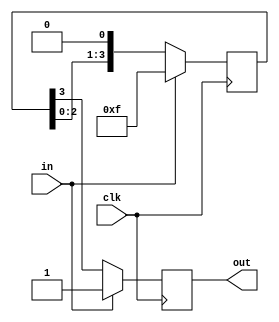
//
// LED Suit FPGA Implementation - Multi-output addressable LED driver HDL
// implementation for Kevin's LED suit controller.
// Copyright (C) 2019-2020 Kevin Balke
//
// This file is part of LED Suit FPGA Implementation.
//
// LED Suit FPGA Implementation is free software: you can redistribute it and/or
// modify
// it under the terms of the GNU General Public License as published by
// the Free Software Foundation, either version 3 of the License, or
// (at your option) any later version.
//
// LED Suit FPGA Implementation is distributed in the hope that it will be useful,
// but WITHOUT ANY WARRANTY; without even the implied warranty of
// MERCHANTABILITY or FITNESS FOR A PARTICULAR PURPOSE.  See the
// GNU General Public License for more details.
//
// You should have received a copy of the GNU General Public License
// along with LED Suit FPGA Implementation.  If not, see
// <http://www.gnu.org/licenses/>.
//

module reset_conditioner (
    input clk,  // clock
    input in,   // async reset
    output reg out  // snyc reset
  );

  parameter STAGES = 4;
  //dff stage[STAGES] (.clk(clk), .rst(in), #INIT(STAGESx{1}));

  reg [STAGES - 1:0] stage;

  always @(posedge clk) begin
    if(in) begin
      stage <= {STAGES{1'b1}};
      out <= 1;
    end else begin
      stage <= {stage[STAGES-2:0],1'b0};
      out <= stage[STAGES-1];
    end
  end

endmodule